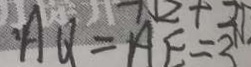
A Q = A E = 3 0 ^ { n }